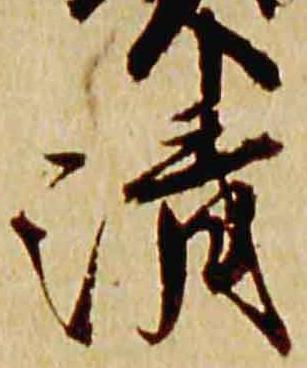
清